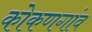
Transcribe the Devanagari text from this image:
कोकणगांव